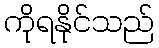
ကိုရနိုင်သည်